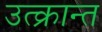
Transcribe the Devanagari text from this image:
उत्क्रान्त